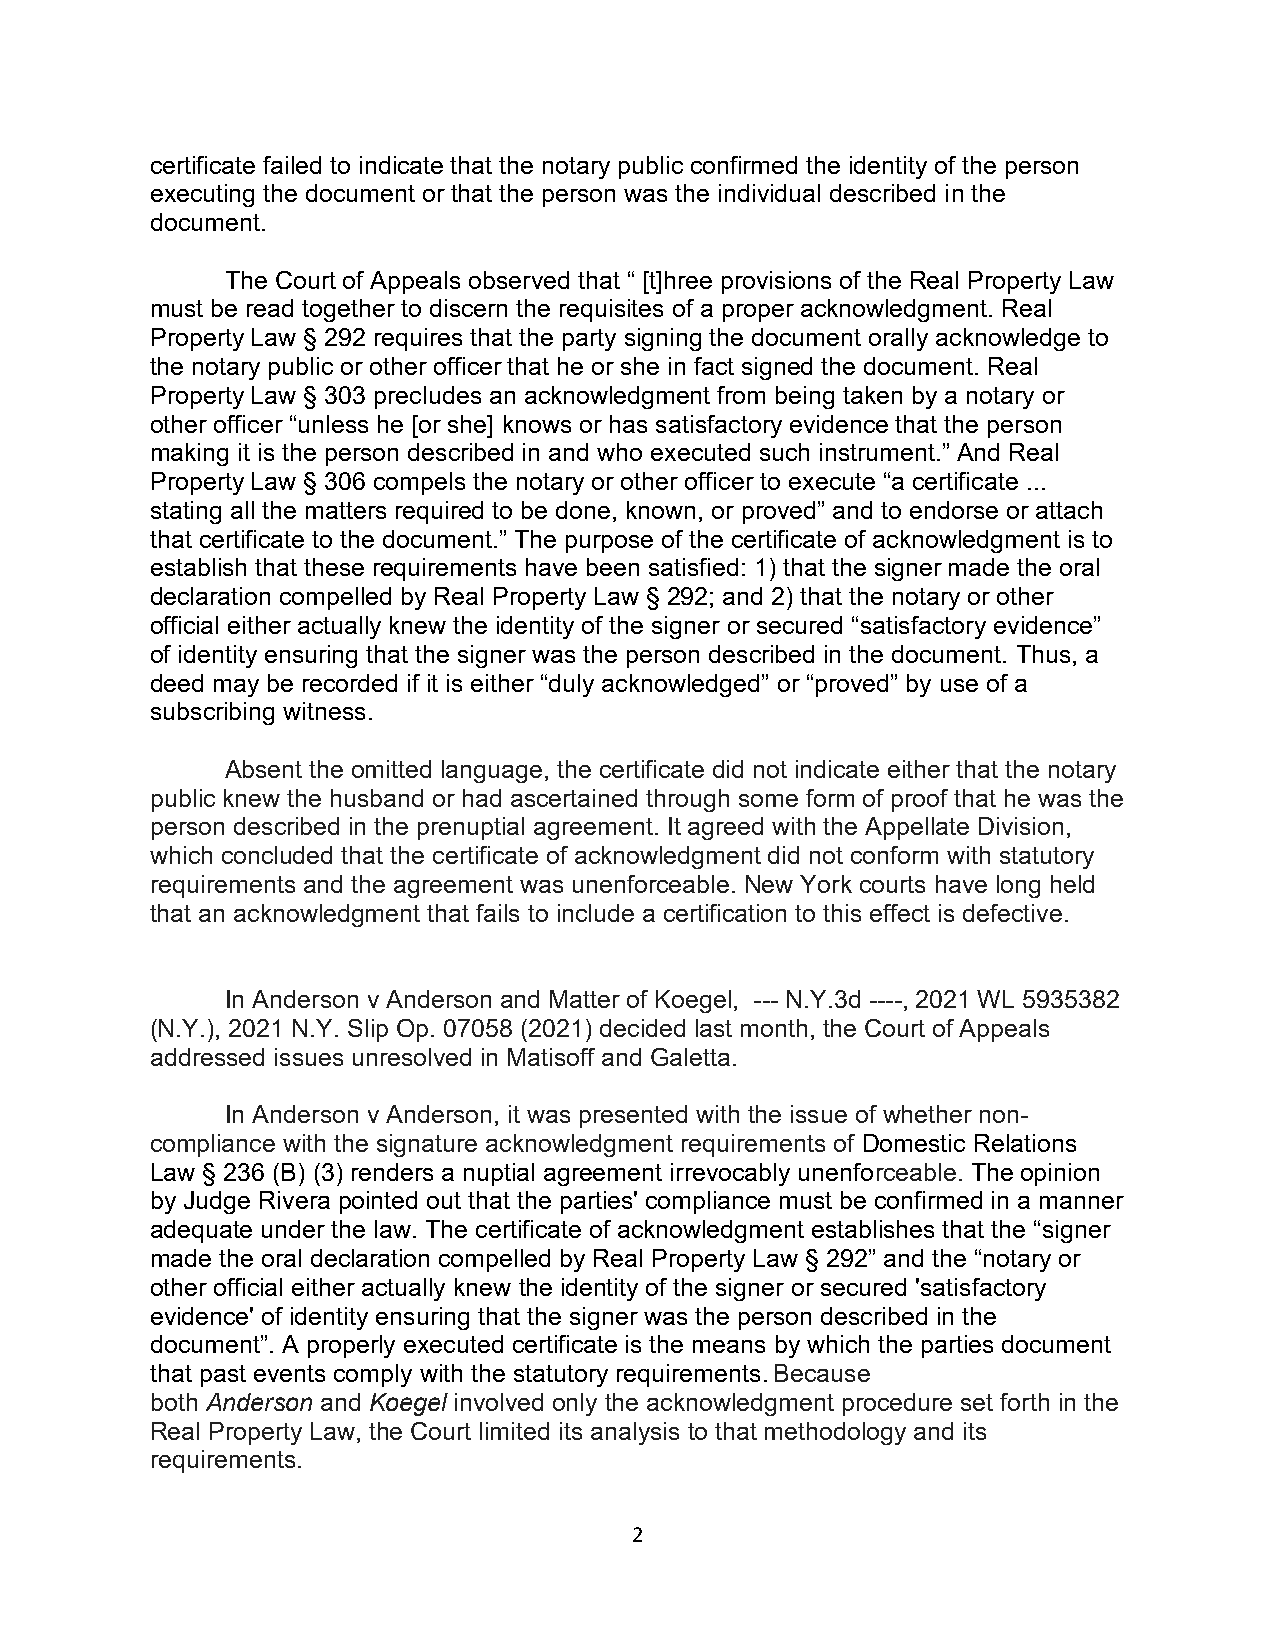
certificate failed to indicate that the notary public confirmed the identity of the person
 executing the document or that the person was the individual described in the
 document.
 The Court of Appeals observed that “ [t]hree provisions of the Real Property Law
 must be read together to discern the requisites of a proper acknowledgment. Real
 Property Law § 292 requires that the party signing the document orally acknowledge to
 the notary public or other officer that he or she in fact signed the document. Real
 Property Law § 303 precludes an acknowledgment from being taken by a notary or
 other officer “unless he [or she] knows or has satisfactory evidence that the person
 making it is the person described in and who executed such instrument.” And Real
 Property Law § 306 compels the notary or other officer to execute “a certificate ...
 stating all the matters required to be done, known, or proved” and to endorse or attach
 that certificate to the document.” The purpose of the certificate of acknowledgment is to
 establish that these requirements have been satisfied: 1) that the signer made the oral
 declaration compelled by Real Property Law § 292; and 2) that the notary or other
 official either actually knew the identity of the signer or secured “satisfactory evidence”
 of identity ensuring that the signer was the person described in the document. Thus, a
 deed may be recorded if it is either “duly acknowledged” or “proved” by use of a
 subscribing witness.
 Absent the omitted language, the certificate did not indicate either that the notary
 public knew the husband or had ascertained through some form of proof that he was the
 person described in the prenuptial agreement. It agreed with the Appellate Division,
 which concluded that the certificate of acknowledgment did not conform with statutory
 requirements and the agreement was unenforceable. New York courts have long held
 that an acknowledgment that fails to include a certification to this effect is defective.
 In Anderson v Anderson and Matter of Koegel, --- N.Y.3d ----, 2021 WL 5935382
 (N.Y.), 2021 N.Y. Slip Op. 07058 (2021) decided last month, the Court of Appeals
 addressed issues unresolved in Matisoff and Galetta.
 In Anderson v Anderson, it was presented with the issue of whether non-
 compliance with the signature acknowledgment requirements of Domestic Relations
 Law § 236 (B) (3) renders a nuptial agreement irrevocably unenforceable. The opinion
 by Judge Rivera pointed out that the parties' compliance must be confirmed in a manner
 adequate under the law. The certificate of acknowledgment establishes that the “signer
 made the oral declaration compelled by Real Property Law § 292” and the “notary or
 other official either actually knew the identity of the signer or secured 'satisfactory
 evidence' of identity ensuring that the signer was the person described in the
 document”. A properly executed certificate is the means by which the parties document
 that past events comply with the statutory requirements. Because
 both Anderson and Koegel involved only the acknowledgment procedure set forth in the
 Real Property Law, the Court limited its analysis to that methodology and its
 requirements.
 2